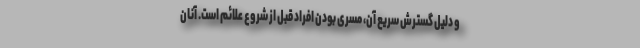
و دلیل گسترش سریع آن، مسری بودن افراد قبل از شروع علائم است. آنان